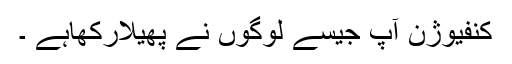
کنفیوژن آپ جیسے لوگوں نے پھیلارکھاہے ۔